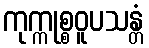
ကုက္ကုစ္စဝူပသန္တံ